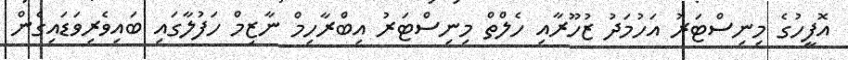
އޮފީހުގެ މިނިސްޓަރު އަހުމަދު ޒުހޫރާއި ހެލްތް މިނިސްޓަރު އިބްރާހިމް ނާޒިމް ހަފުލާގައި ބައިވެރިވަޑައިގެން